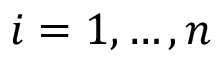
i = 1 , \ldots , n